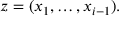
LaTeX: z = ( x _ { 1 } , \dots , x _ { i - 1 } ) .